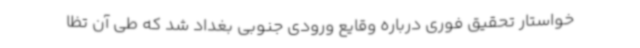
خواستار تحقیق فوری درباره وقایع ورودی جنوبی بغداد شد که طی آن تظا